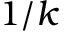
1 / k